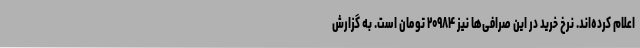
اعلام کرده‌اند. نرخ خرید در این صرافی‌ها نیز ۲۰۹۸۴ تومان است. به گزارش